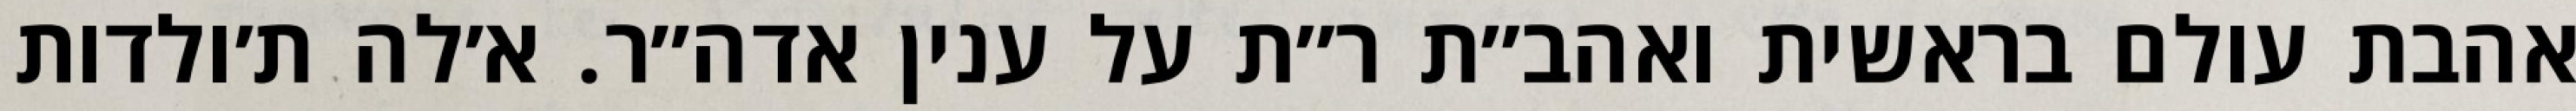
אהבת עולם בראשית ואהב״ת ר״ת על ענין אדה״ר. א׳לה ת׳ולדות